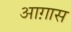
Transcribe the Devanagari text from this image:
आग़ास